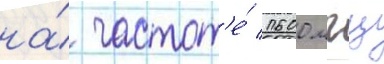
на́ частот'е́ 1600 мгц